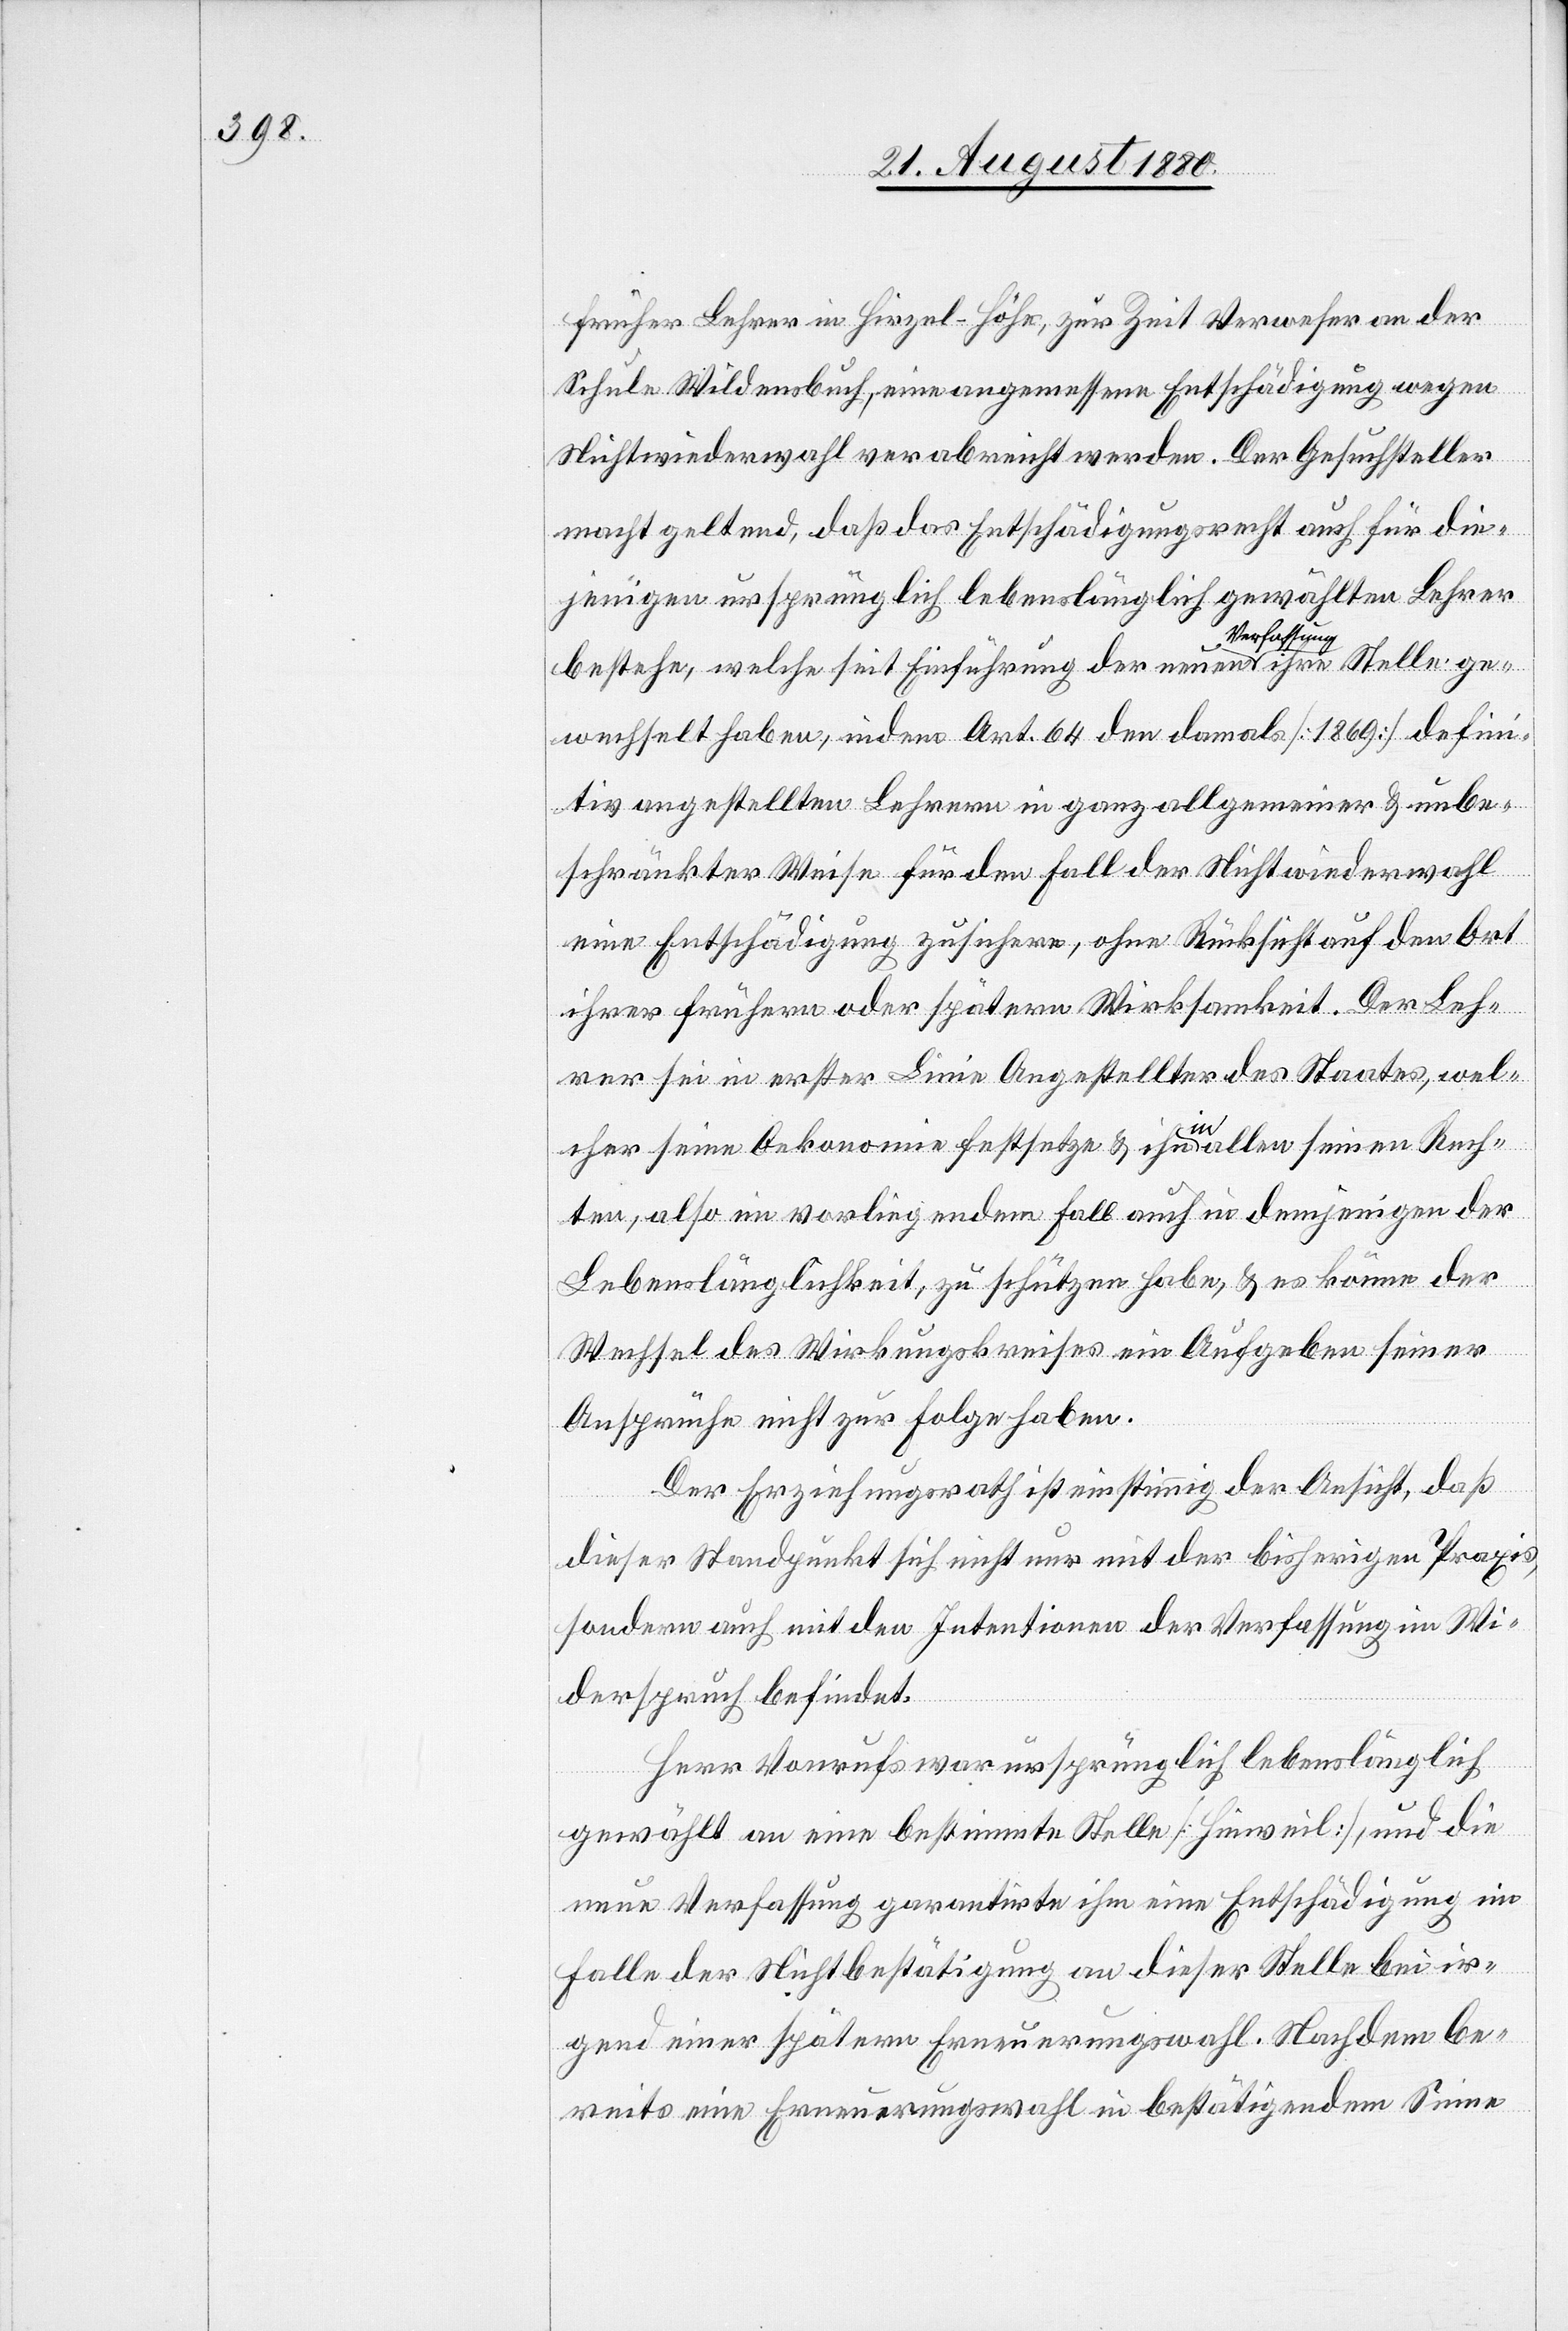
früher Lehrer in Hirzel - Höhe, zur Zeit Verweser an der
Schule Wildensbuch, eine angemessene Entschädigung wegen
Nichtwiederwahl verabreicht werden. Der Gesuchsteller
macht geltend, daß das Entschädigungsrecht auch für die¬
jenigen ursprünglich lebenslänglich gewählten Lehrer
bestehe, welche seit Einführung der neuen Verfassung ihre Stelle ge¬
wechselt haben, indem Art. 64 den damals [1869] defini¬
tiv angestellten Lehrern in ganz allgemeiner & unbe¬
schränkter Weise für den Fall der Nichtwiederwahl
eine Entschädigung zusichern, ohne Rücksicht auf den Ort
ihrer frühern oder spätern Wirksamkeit. Der Leh¬
rer sei in erster Linie Angestellter des Staates, wel¬
cher seine Oekonomie festsetze & ihn in allen seinen Rech¬
ten, also im vorliegenden Fall auch in denjenigen der
Lebenslänglichkeit zu schützen habe, & es könne der
Wechsel des Wirkungskreises ein Aufgeben seiner
Ansprüche nicht zur Folge haben.
Der Erziehungsrath ist einstimmig der Ansicht, daß
dieser Standpunkt sich nicht nur mit der bisherigen Praxis,
sondern auch mit den Intentionen der Verfassung im Wi¬
derspruch befindet.
Herr Vonrufs war ursprünglich lebenslänglich
gewählt an eine bestimmte Stelle [Hinweil], und die
neue Verfassung garantirte ihm eine Entschädigung im
Falle der Nichtbestätigung an dieser Stelle bei ir¬
gend einer späteren Erneuerungswahl. Nachdem be¬
reits eine Erneuerungswahl in bestätigendem Sinne